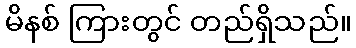
မိနစ် ကြားတွင် တည်ရှိသည်။